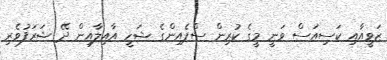
ޒަވީއާއި ކަސިއަސް ވަނީ މީގެ ކުރިން ސްޕެއިންގެ ޝަހީ އާއިލާއިން ދޭ ޝަރަފުވެރި